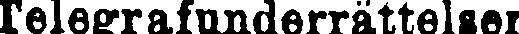
Telegrafunderrättelser